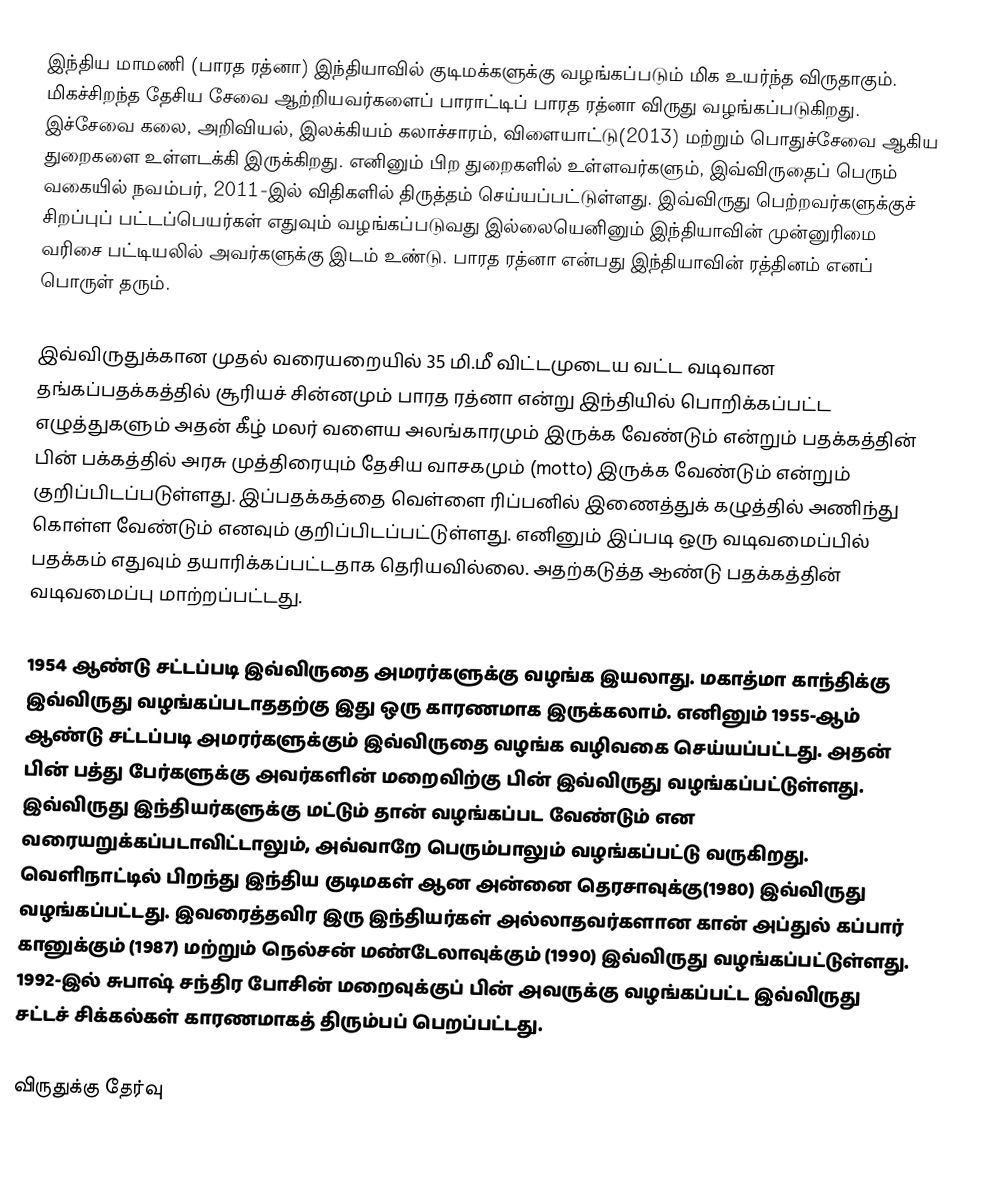
இந்திய மாமணி (பாரத ரத்னா) இந்தியாவில் குடிமக்களுக்கு வழங்கப்படும் மிக உயர்ந்த விருதாகும். மிகச்சிறந்த தேசிய சேவை ஆற்றியவர்களைப் பாராட்டிப் பாரத ரத்னா விருது வழங்கப்படுகிறது. இச்சேவை கலை, அறிவியல், இலக்கியம் கலாச்சாரம், விளையாட்டு(2013) மற்றும் பொதுச்சேவை ஆகிய துறைகளை உள்ளடக்கி இருக்கிறது. எனினும் பிற துறைகளில் உள்ளவர்களும், இவ்விருதைப் பெரும் வகையில் நவம்பர், 2011-இல் விதிகளில் திருத்தம் செய்யப்பட்டுள்ளது. இவ்விருது பெற்றவர்களுக்குச் சிறப்புப் பட்டப்பெயர்கள் எதுவும் வழங்கப்படுவது இல்லையெனினும் இந்தியாவின் முன்னுரிமை வரிசை பட்டியலில் அவர்களுக்கு இடம் உண்டு. பாரத ரத்னா என்பது இந்தியாவின் ரத்தினம் எனப் பொருள் தரும்.

இவ்விருதுக்கான முதல் வரையறையில் 35 மி.மீ விட்டமுடைய வட்ட வடிவான தங்கப்பதக்கத்தில் சூரியச் சின்னமும் பாரத ரத்னா என்று இந்தியில் பொறிக்கப்பட்ட எழுத்துகளும் அதன் கீழ் மலர் வளைய அலங்காரமும் இருக்க வேண்டும் என்றும் பதக்கத்தின் பின் பக்கத்தில் அரசு முத்திரையும் தேசிய வாசகமும் (motto) இருக்க வேண்டும் என்றும் குறிப்பிடப்படுள்ளது. இப்பதக்கத்தை வெள்ளை ரிப்பனில் இணைத்துக் கழுத்தில் அணிந்து கொள்ள வேண்டும் எனவும் குறிப்பிடப்பட்டுள்ளது. எனினும் இப்படி ஒரு வடிவமைப்பில் பதக்கம் எதுவும் தயாரிக்கப்பட்டதாக தெரியவில்லை. அதற்கடுத்த ஆண்டு பதக்கத்தின் வடிவமைப்பு மாற்றப்பட்டது.

1954 ஆண்டு சட்டப்படி இவ்விருதை அமரர்களுக்கு வழங்க இயலாது. மகாத்மா காந்திக்கு இவ்விருது வழங்கப்படாததற்கு இது ஒரு காரணமாக இருக்கலாம். எனினும் 1955-ஆம் ஆண்டு சட்டப்படி அமரர்களுக்கும் இவ்விருதை வழங்க வழிவகை செய்யப்பட்டது. அதன் பின் பத்து பேர்களுக்கு அவர்களின் மறைவிற்கு பின் இவ்விருது வழங்கப்பட்டுள்ளது. இவ்விருது இந்தியர்களுக்கு மட்டும் தான் வழங்கப்பட வேண்டும் என வரையறுக்கப்படாவிட்டாலும், அவ்வாறே பெரும்பாலும் வழங்கப்பட்டு வருகிறது. வெளிநாட்டில் பிறந்து இந்திய குடிமகள் ஆன அன்னை தெரசாவுக்கு(1980) இவ்விருது வழங்கப்பட்டது. இவரைத்தவிர இரு இந்தியர்கள் அல்லாதவர்களான கான் அப்துல் கப்பார் கானுக்கும் (1987) மற்றும் நெல்சன் மண்டேலாவுக்கும் (1990) இவ்விருது வழங்கப்பட்டுள்ளது. 1992-இல் சுபாஷ் சந்திர போசின் மறைவுக்குப் பின் அவருக்கு வழங்கப்பட்ட இவ்விருது சட்டச் சிக்கல்கள் காரணமாகத் திரும்பப் பெறப்பட்டது.

விருதுக்கு தேர்வு